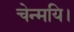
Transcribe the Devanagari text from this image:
चेन्मयि।